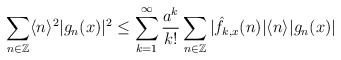
\begin{align*}\sum_{n\in \mathbb{Z}}\langle n\rangle^2|g_n(x)|^2 \leq \sum_{k=1}^\infty \frac{a^k}{k!}\sum_{n\in \mathbb{Z}}|\hat f_{k,x}(n)|\langle n\rangle|g_n (x)|\end{align*}